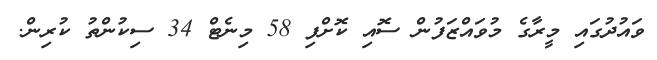
ވައުދުގައި މީރާގެ މުވައްޒަފުން ސޮއި ކޮށްފި 58 މިނެޓް 34 ސިކުންތު ކުރިން.